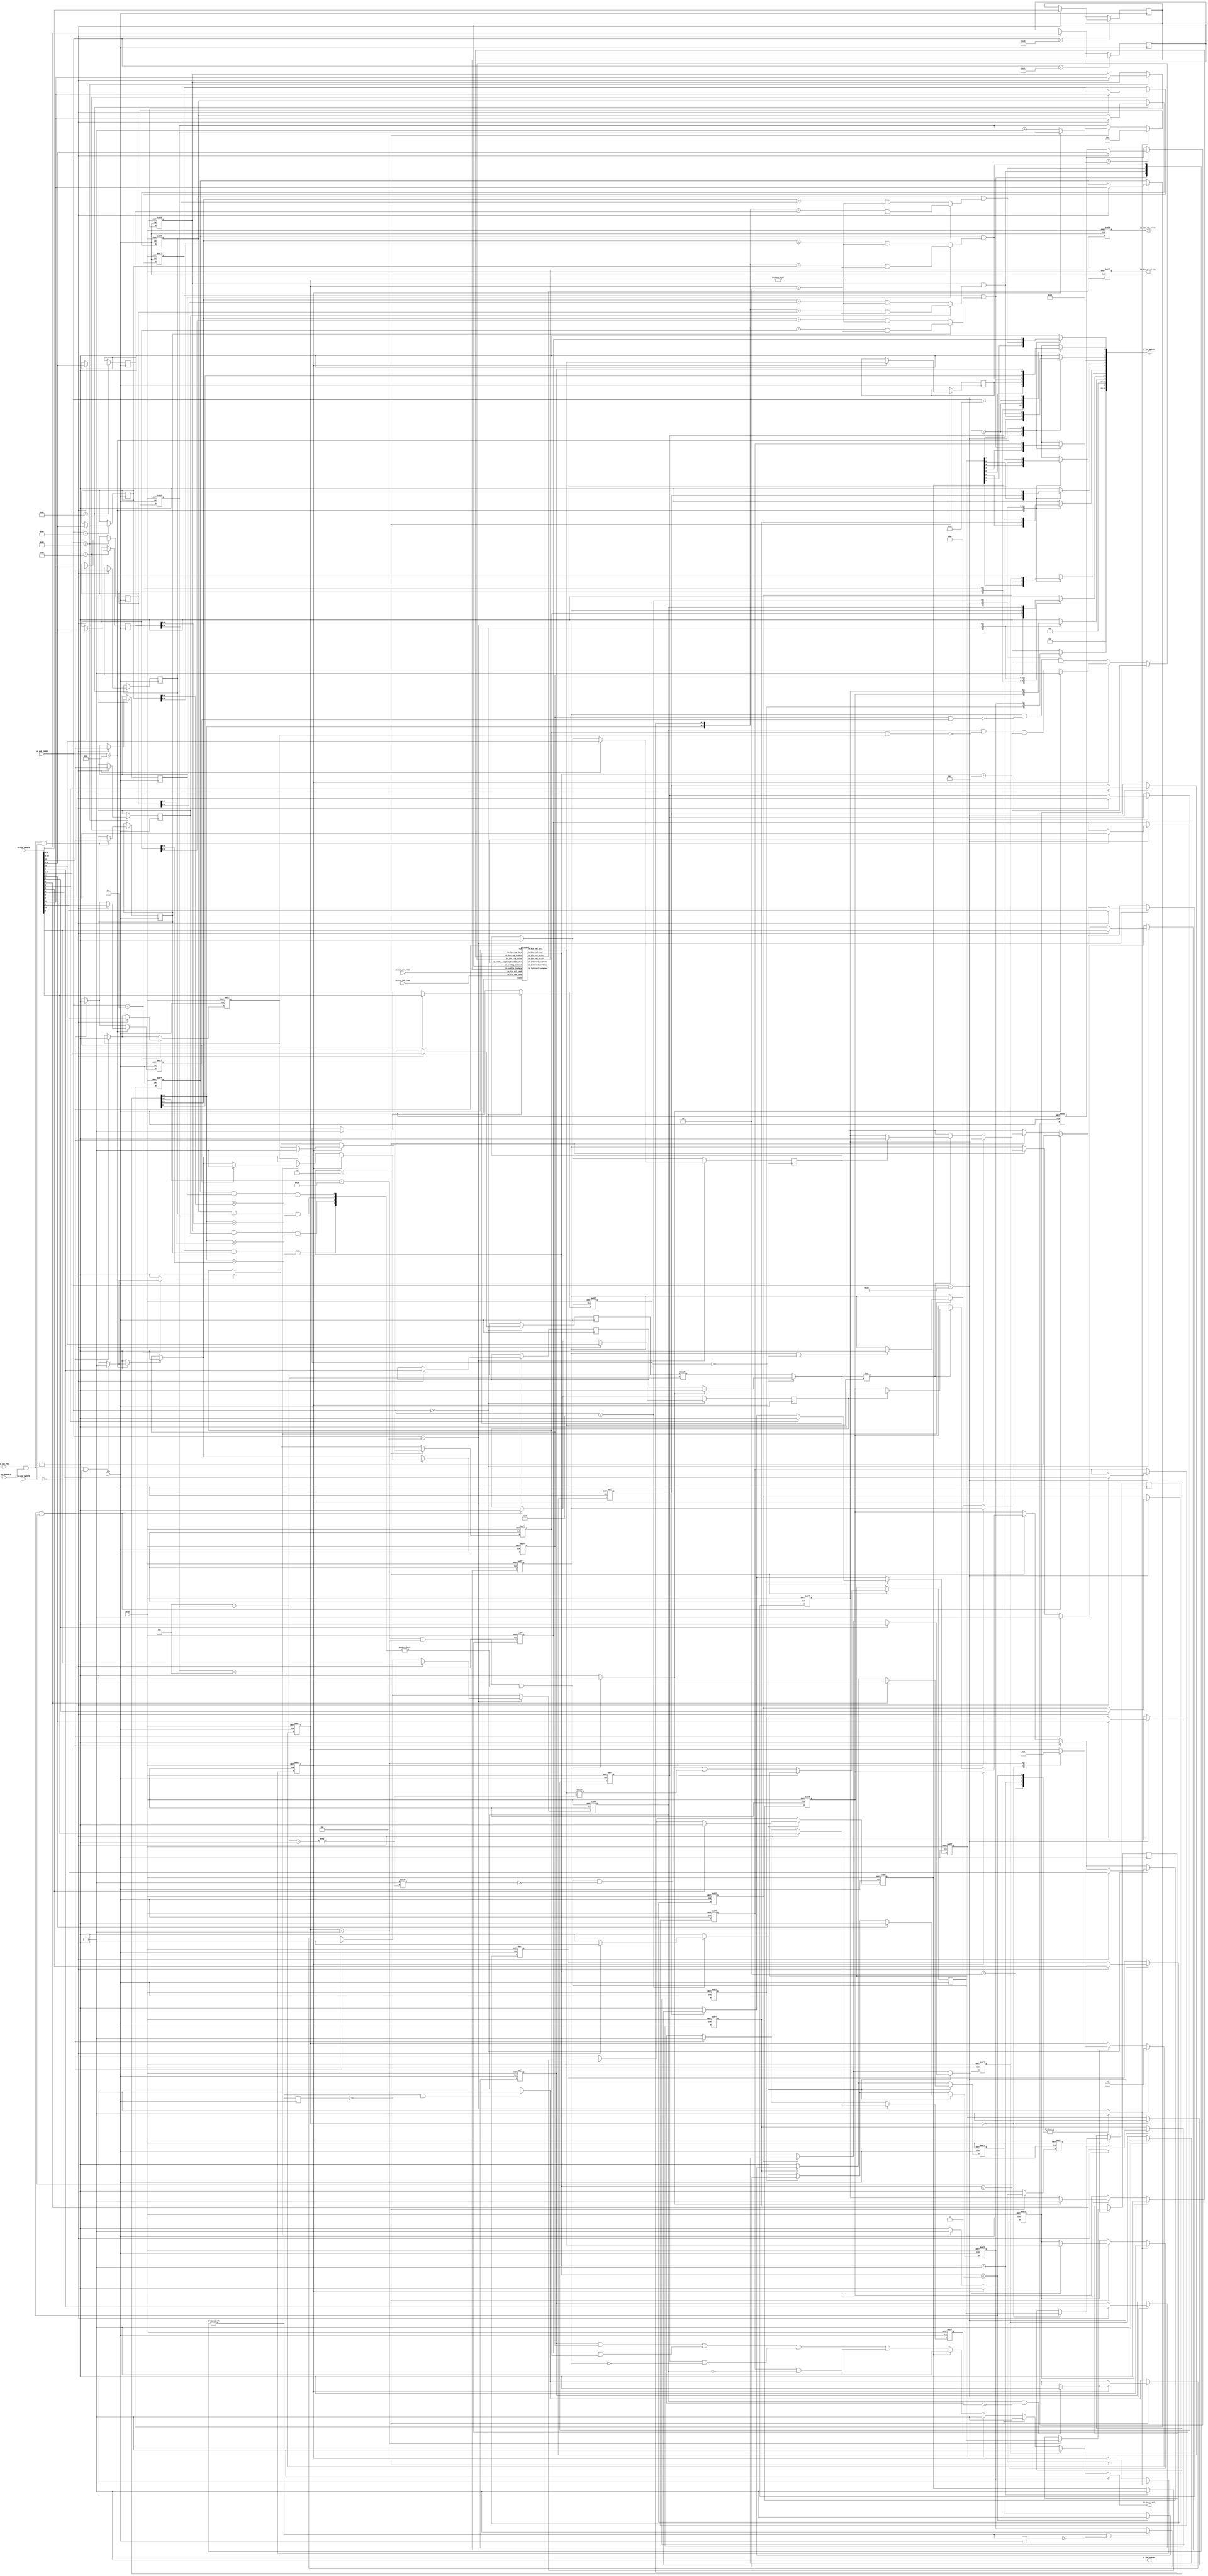
// Generator : SpinalHDL v1.4.3    git head : adf552d8f500e7419fff395b7049228e4bc5de26
// Component : Apb3I2cSlave
// Git hash  : adf552d8f500e7419fff395b7049228e4bc5de26


`define I2cSlaveCmdMode_binary_sequential_type [2:0]
`define I2cSlaveCmdMode_binary_sequential_NONE 3'b000
`define I2cSlaveCmdMode_binary_sequential_START 3'b001
`define I2cSlaveCmdMode_binary_sequential_RESTART 3'b010
`define I2cSlaveCmdMode_binary_sequential_STOP 3'b011
`define I2cSlaveCmdMode_binary_sequential_DROP 3'b100
`define I2cSlaveCmdMode_binary_sequential_DRIVE 3'b101
`define I2cSlaveCmdMode_binary_sequential_READ 3'b110


module Apb3I2cSlave (
  input      [7:0]    io_apb_PADDR,
  input      [0:0]    io_apb_PSEL,
  input               io_apb_PENABLE,
  output              io_apb_PREADY,
  input               io_apb_PWRITE,
  input      [31:0]   io_apb_PWDATA,
  output reg [31:0]   io_apb_PRDATA,
  output              io_i2c_sda_write,
  input               io_i2c_sda_read,
  output              io_i2c_scl_write,
  input               io_i2c_scl_read,
  output              io_interrupt,
  input               clk,
  input               reset
);
  reg                 _zz_13;
  reg                 _zz_14;
  reg                 _zz_15;
  wire                i2cCtrl_io_i2c_scl_write;
  wire                i2cCtrl_io_i2c_sda_write;
  wire       `I2cSlaveCmdMode_binary_sequential_type i2cCtrl_io_bus_cmd_kind;
  wire                i2cCtrl_io_bus_cmd_data;
  wire                i2cCtrl_io_internals_inFrame;
  wire                i2cCtrl_io_internals_sdaRead;
  wire                i2cCtrl_io_internals_sclRead;
  wire                _zz_16;
  wire                _zz_17;
  wire                _zz_18;
  wire                _zz_19;
  wire       [6:0]    _zz_20;
  wire       [6:0]    _zz_21;
  wire       [6:0]    _zz_22;
  wire       [6:0]    _zz_23;
  wire       [2:0]    _zz_24;
  wire       [2:0]    _zz_25;
  wire       [0:0]    _zz_26;
  wire       [0:0]    _zz_27;
  wire       [0:0]    _zz_28;
  wire       [0:0]    _zz_29;
  wire       [0:0]    _zz_30;
  wire       [0:0]    _zz_31;
  wire       [0:0]    _zz_32;
  wire       [0:0]    _zz_33;
  wire       [0:0]    _zz_34;
  wire       [0:0]    _zz_35;
  wire       [0:0]    _zz_36;
  wire       [0:0]    _zz_37;
  wire       [0:0]    _zz_38;
  wire       [0:0]    _zz_39;
  wire       [0:0]    _zz_40;
  wire       [0:0]    _zz_41;
  wire       [0:0]    _zz_42;
  wire       [0:0]    _zz_43;
  wire       [0:0]    _zz_44;
  wire       [0:0]    _zz_45;
  wire       [0:0]    _zz_46;
  wire       [0:0]    _zz_47;
  wire       [0:0]    _zz_48;
  wire       [0:0]    _zz_49;
  wire       [0:0]    _zz_50;
  wire       [0:0]    _zz_51;
  wire       [0:0]    _zz_52;
  wire       [0:0]    _zz_53;
  wire       [0:0]    _zz_54;
  wire       [0:0]    _zz_55;
  wire       [0:0]    _zz_56;
  wire       [0:0]    _zz_57;
  wire       [0:0]    _zz_58;
  wire       [0:0]    _zz_59;
  wire       [0:0]    _zz_60;
  wire       [0:0]    _zz_61;
  wire       [0:0]    _zz_62;
  wire       [0:0]    _zz_63;
  wire                busCtrl_askWrite;
  wire                busCtrl_askRead;
  wire                busCtrl_doWrite;
  wire                busCtrl_doRead;
  reg                 bridge_frameReset;
  wire                bridge_i2cBuffer_sda_write;
  wire                bridge_i2cBuffer_sda_read;
  wire                bridge_i2cBuffer_scl_write;
  wire                bridge_i2cBuffer_scl_read;
  reg                 bridge_rxData_event;
  reg                 bridge_rxData_listen;
  reg                 bridge_rxData_valid;
  reg        [7:0]    bridge_rxData_value;
  reg                 _zz_1;
  reg                 bridge_rxAck_listen;
  reg                 bridge_rxAck_valid;
  reg                 bridge_rxAck_value;
  reg                 _zz_2;
  reg                 bridge_txData_valid;
  reg                 bridge_txData_repeat;
  reg                 bridge_txData_enable;
  reg        [7:0]    bridge_txData_value;
  reg                 bridge_txData_forceDisable;
  reg                 bridge_txData_disableOnDataConflict;
  reg                 bridge_txAck_valid;
  reg                 bridge_txAck_repeat;
  reg                 bridge_txAck_enable;
  reg                 bridge_txAck_value;
  reg                 bridge_txAck_forceAck;
  reg                 bridge_txAck_disableOnDataConflict;
  reg                 bridge_addressFilter_addresses_0_enable;
  reg        [9:0]    bridge_addressFilter_addresses_0_value;
  reg                 bridge_addressFilter_addresses_0_is10Bit;
  reg                 bridge_addressFilter_addresses_1_enable;
  reg        [9:0]    bridge_addressFilter_addresses_1_value;
  reg                 bridge_addressFilter_addresses_1_is10Bit;
  reg                 bridge_addressFilter_addresses_2_enable;
  reg        [9:0]    bridge_addressFilter_addresses_2_value;
  reg                 bridge_addressFilter_addresses_2_is10Bit;
  reg                 bridge_addressFilter_addresses_3_enable;
  reg        [9:0]    bridge_addressFilter_addresses_3_value;
  reg                 bridge_addressFilter_addresses_3_is10Bit;
  reg        [1:0]    bridge_addressFilter_state;
  reg        [7:0]    bridge_addressFilter_byte0;
  reg        [7:0]    bridge_addressFilter_byte1;
  wire                bridge_addressFilter_byte0Is10Bit;
  wire                bridge_addressFilter_hits_0;
  wire                bridge_addressFilter_hits_1;
  wire                bridge_addressFilter_hits_2;
  wire                bridge_addressFilter_hits_3;
  wire                _zz_3;
  reg                 _zz_3_regNext;
  reg        [2:0]    bridge_dataCounter;
  reg                 bridge_inAckState;
  reg                 bridge_wasntAck;
  wire                bridge_isMasterMode;
  reg                 bridge_interruptCtrl_rxDataEnable;
  reg                 bridge_interruptCtrl_rxAckEnable;
  reg                 bridge_interruptCtrl_txDataEnable;
  reg                 bridge_interruptCtrl_txAckEnable;
  reg                 bridge_interruptCtrl_interrupt;
  reg                 bridge_interruptCtrl_start_enable;
  reg                 bridge_interruptCtrl_start_flag;
  reg                 _zz_4;
  reg                 bridge_interruptCtrl_restart_enable;
  reg                 bridge_interruptCtrl_restart_flag;
  reg                 _zz_5;
  reg                 bridge_interruptCtrl_end_enable;
  reg                 bridge_interruptCtrl_end_flag;
  reg                 _zz_6;
  reg                 bridge_interruptCtrl_drop_enable;
  reg                 bridge_interruptCtrl_drop_flag;
  reg                 _zz_7;
  wire                _zz_8;
  reg                 _zz_8_regNext;
  reg                 bridge_interruptCtrl_filterGen_enable;
  reg                 bridge_interruptCtrl_filterGen_flag;
  reg                 _zz_9;
  reg        [9:0]    _zz_10;
  reg        [19:0]   _zz_11 = 20'b00000000000000000000;
  reg        [5:0]    _zz_12 = 6'b000000;
  reg                 bridge_i2cBuffer_scl_write_regNext;
  reg                 bridge_i2cBuffer_sda_write_regNext;

  assign _zz_16 = ((i2cCtrl_io_bus_cmd_kind == `I2cSlaveCmdMode_binary_sequential_STOP) || (i2cCtrl_io_bus_cmd_kind == `I2cSlaveCmdMode_binary_sequential_DROP));
  assign _zz_17 = (! bridge_inAckState);
  assign _zz_18 = (bridge_wasntAck && (! bridge_isMasterMode));
  assign _zz_19 = (! bridge_inAckState);
  assign _zz_20 = (bridge_addressFilter_byte0 >>> 1);
  assign _zz_21 = (bridge_addressFilter_byte0 >>> 1);
  assign _zz_22 = (bridge_addressFilter_byte0 >>> 1);
  assign _zz_23 = (bridge_addressFilter_byte0 >>> 1);
  assign _zz_24 = (3'b111 - bridge_dataCounter);
  assign _zz_25 = (3'b111 - bridge_dataCounter);
  assign _zz_26 = io_apb_PWDATA[4 : 4];
  assign _zz_27 = 1'b0;
  assign _zz_28 = io_apb_PWDATA[5 : 5];
  assign _zz_29 = 1'b0;
  assign _zz_30 = io_apb_PWDATA[6 : 6];
  assign _zz_31 = 1'b0;
  assign _zz_32 = io_apb_PWDATA[7 : 7];
  assign _zz_33 = 1'b0;
  assign _zz_34 = io_apb_PWDATA[17 : 17];
  assign _zz_35 = 1'b0;
  assign _zz_36 = io_apb_PWDATA[9 : 9];
  assign _zz_37 = io_apb_PWDATA[9 : 9];
  assign _zz_38 = io_apb_PWDATA[10 : 10];
  assign _zz_39 = io_apb_PWDATA[11 : 11];
  assign _zz_40 = io_apb_PWDATA[8 : 8];
  assign _zz_41 = io_apb_PWDATA[9 : 9];
  assign _zz_42 = io_apb_PWDATA[0 : 0];
  assign _zz_43 = io_apb_PWDATA[10 : 10];
  assign _zz_44 = io_apb_PWDATA[11 : 11];
  assign _zz_45 = io_apb_PWDATA[8 : 8];
  assign _zz_46 = io_apb_PWDATA[9 : 9];
  assign _zz_47 = io_apb_PWDATA[14 : 14];
  assign _zz_48 = io_apb_PWDATA[15 : 15];
  assign _zz_49 = io_apb_PWDATA[14 : 14];
  assign _zz_50 = io_apb_PWDATA[15 : 15];
  assign _zz_51 = io_apb_PWDATA[14 : 14];
  assign _zz_52 = io_apb_PWDATA[15 : 15];
  assign _zz_53 = io_apb_PWDATA[14 : 14];
  assign _zz_54 = io_apb_PWDATA[15 : 15];
  assign _zz_55 = io_apb_PWDATA[0 : 0];
  assign _zz_56 = io_apb_PWDATA[1 : 1];
  assign _zz_57 = io_apb_PWDATA[2 : 2];
  assign _zz_58 = io_apb_PWDATA[3 : 3];
  assign _zz_59 = io_apb_PWDATA[4 : 4];
  assign _zz_60 = io_apb_PWDATA[5 : 5];
  assign _zz_61 = io_apb_PWDATA[6 : 6];
  assign _zz_62 = io_apb_PWDATA[7 : 7];
  assign _zz_63 = io_apb_PWDATA[17 : 17];
  I2cSlave i2cCtrl (
    .io_i2c_sda_write                  (i2cCtrl_io_i2c_sda_write      ), //o
    .io_i2c_sda_read                   (bridge_i2cBuffer_sda_read     ), //i
    .io_i2c_scl_write                  (i2cCtrl_io_i2c_scl_write      ), //o
    .io_i2c_scl_read                   (bridge_i2cBuffer_scl_read     ), //i
    .io_config_samplingClockDivider    (_zz_10[9:0]                   ), //i
    .io_config_timeout                 (_zz_11[19:0]                  ), //i
    .io_config_tsuData                 (_zz_12[5:0]                   ), //i
    .io_bus_cmd_kind                   (i2cCtrl_io_bus_cmd_kind[2:0]  ), //o
    .io_bus_cmd_data                   (i2cCtrl_io_bus_cmd_data       ), //o
    .io_bus_rsp_valid                  (_zz_13                        ), //i
    .io_bus_rsp_enable                 (_zz_14                        ), //i
    .io_bus_rsp_data                   (_zz_15                        ), //i
    .io_internals_inFrame              (i2cCtrl_io_internals_inFrame  ), //o
    .io_internals_sdaRead              (i2cCtrl_io_internals_sdaRead  ), //o
    .io_internals_sclRead              (i2cCtrl_io_internals_sclRead  ), //o
    .clk                               (clk                           ), //i
    .reset                             (reset                         )  //i
  );
  assign io_apb_PREADY = 1'b1;
  always @ (*) begin
    io_apb_PRDATA = 32'h0;
    case(io_apb_PADDR)
      8'h08 : begin
        io_apb_PRDATA[8 : 8] = bridge_rxData_valid;
        io_apb_PRDATA[7 : 0] = bridge_rxData_value;
      end
      8'h0c : begin
        io_apb_PRDATA[8 : 8] = bridge_rxAck_valid;
        io_apb_PRDATA[0 : 0] = bridge_rxAck_value;
      end
      8'h0 : begin
        io_apb_PRDATA[8 : 8] = bridge_txData_valid;
        io_apb_PRDATA[9 : 9] = bridge_txData_enable;
      end
      8'h04 : begin
        io_apb_PRDATA[8 : 8] = bridge_txAck_valid;
        io_apb_PRDATA[9 : 9] = bridge_txAck_enable;
      end
      8'h80 : begin
        io_apb_PRDATA[3 : 0] = {bridge_addressFilter_hits_3,{bridge_addressFilter_hits_2,{bridge_addressFilter_hits_1,bridge_addressFilter_hits_0}}};
      end
      8'h84 : begin
        io_apb_PRDATA[0 : 0] = bridge_addressFilter_byte0[0];
      end
      8'h20 : begin
        io_apb_PRDATA[0 : 0] = bridge_interruptCtrl_rxDataEnable;
        io_apb_PRDATA[1 : 1] = bridge_interruptCtrl_rxAckEnable;
        io_apb_PRDATA[2 : 2] = bridge_interruptCtrl_txDataEnable;
        io_apb_PRDATA[3 : 3] = bridge_interruptCtrl_txAckEnable;
        io_apb_PRDATA[4 : 4] = bridge_interruptCtrl_start_enable;
        io_apb_PRDATA[5 : 5] = bridge_interruptCtrl_restart_enable;
        io_apb_PRDATA[6 : 6] = bridge_interruptCtrl_end_enable;
        io_apb_PRDATA[7 : 7] = bridge_interruptCtrl_drop_enable;
        io_apb_PRDATA[17 : 17] = bridge_interruptCtrl_filterGen_enable;
      end
      8'h24 : begin
        io_apb_PRDATA[4 : 4] = bridge_interruptCtrl_start_flag;
        io_apb_PRDATA[5 : 5] = bridge_interruptCtrl_restart_flag;
        io_apb_PRDATA[6 : 6] = bridge_interruptCtrl_end_flag;
        io_apb_PRDATA[7 : 7] = bridge_interruptCtrl_drop_flag;
        io_apb_PRDATA[17 : 17] = bridge_interruptCtrl_filterGen_flag;
      end
      default : begin
      end
    endcase
  end

  assign busCtrl_askWrite = ((io_apb_PSEL[0] && io_apb_PENABLE) && io_apb_PWRITE);
  assign busCtrl_askRead = ((io_apb_PSEL[0] && io_apb_PENABLE) && (! io_apb_PWRITE));
  assign busCtrl_doWrite = (((io_apb_PSEL[0] && io_apb_PENABLE) && io_apb_PREADY) && io_apb_PWRITE);
  assign busCtrl_doRead = (((io_apb_PSEL[0] && io_apb_PENABLE) && io_apb_PREADY) && (! io_apb_PWRITE));
  always @ (*) begin
    bridge_frameReset = 1'b0;
    case(i2cCtrl_io_bus_cmd_kind)
      `I2cSlaveCmdMode_binary_sequential_START : begin
        bridge_frameReset = 1'b1;
      end
      `I2cSlaveCmdMode_binary_sequential_RESTART : begin
        bridge_frameReset = 1'b1;
      end
      `I2cSlaveCmdMode_binary_sequential_STOP : begin
        bridge_frameReset = 1'b1;
      end
      `I2cSlaveCmdMode_binary_sequential_DROP : begin
        bridge_frameReset = 1'b1;
      end
      default : begin
      end
    endcase
  end

  assign bridge_i2cBuffer_sda_write = i2cCtrl_io_i2c_sda_write;
  assign bridge_i2cBuffer_scl_write = i2cCtrl_io_i2c_scl_write;
  always @ (*) begin
    _zz_1 = 1'b0;
    case(io_apb_PADDR)
      8'h08 : begin
        if(busCtrl_doRead)begin
          _zz_1 = 1'b1;
        end
      end
      default : begin
      end
    endcase
  end

  always @ (*) begin
    _zz_2 = 1'b0;
    case(io_apb_PADDR)
      8'h0c : begin
        if(busCtrl_doRead)begin
          _zz_2 = 1'b1;
        end
      end
      default : begin
      end
    endcase
  end

  always @ (*) begin
    bridge_txData_forceDisable = 1'b0;
    if(_zz_16)begin
      bridge_txData_forceDisable = 1'b0;
    end
  end

  always @ (*) begin
    bridge_txAck_forceAck = 1'b0;
    if(((bridge_addressFilter_byte0Is10Bit && (bridge_addressFilter_state == 2'b01)) && ({((bridge_addressFilter_addresses_3_enable && bridge_addressFilter_addresses_3_is10Bit) && (bridge_addressFilter_byte0[2 : 1] == bridge_addressFilter_addresses_3_value[9 : 8])),{((bridge_addressFilter_addresses_2_enable && bridge_addressFilter_addresses_2_is10Bit) && (bridge_addressFilter_byte0[2 : 1] == bridge_addressFilter_addresses_2_value[9 : 8])),{((bridge_addressFilter_addresses_1_enable && bridge_addressFilter_addresses_1_is10Bit) && (bridge_addressFilter_byte0[2 : 1] == bridge_addressFilter_addresses_1_value[9 : 8])),((bridge_addressFilter_addresses_0_enable && bridge_addressFilter_addresses_0_is10Bit) && (bridge_addressFilter_byte0[2 : 1] == bridge_addressFilter_addresses_0_value[9 : 8]))}}} != 4'b0000)))begin
      bridge_txAck_forceAck = 1'b1;
    end
  end

  assign bridge_addressFilter_byte0Is10Bit = (bridge_addressFilter_byte0[7 : 3] == 5'h1e);
  assign bridge_addressFilter_hits_0 = (bridge_addressFilter_addresses_0_enable && ((! bridge_addressFilter_addresses_0_is10Bit) ? ((_zz_20 == bridge_addressFilter_addresses_0_value[6 : 0]) && (bridge_addressFilter_state != 2'b00)) : (({bridge_addressFilter_byte0[2 : 1],bridge_addressFilter_byte1} == bridge_addressFilter_addresses_0_value) && (bridge_addressFilter_state == 2'b10))));
  assign bridge_addressFilter_hits_1 = (bridge_addressFilter_addresses_1_enable && ((! bridge_addressFilter_addresses_1_is10Bit) ? ((_zz_21 == bridge_addressFilter_addresses_1_value[6 : 0]) && (bridge_addressFilter_state != 2'b00)) : (({bridge_addressFilter_byte0[2 : 1],bridge_addressFilter_byte1} == bridge_addressFilter_addresses_1_value) && (bridge_addressFilter_state == 2'b10))));
  assign bridge_addressFilter_hits_2 = (bridge_addressFilter_addresses_2_enable && ((! bridge_addressFilter_addresses_2_is10Bit) ? ((_zz_22 == bridge_addressFilter_addresses_2_value[6 : 0]) && (bridge_addressFilter_state != 2'b00)) : (({bridge_addressFilter_byte0[2 : 1],bridge_addressFilter_byte1} == bridge_addressFilter_addresses_2_value) && (bridge_addressFilter_state == 2'b10))));
  assign bridge_addressFilter_hits_3 = (bridge_addressFilter_addresses_3_enable && ((! bridge_addressFilter_addresses_3_is10Bit) ? ((_zz_23 == bridge_addressFilter_addresses_3_value[6 : 0]) && (bridge_addressFilter_state != 2'b00)) : (({bridge_addressFilter_byte0[2 : 1],bridge_addressFilter_byte1} == bridge_addressFilter_addresses_3_value) && (bridge_addressFilter_state == 2'b10))));
  assign _zz_3 = ({bridge_addressFilter_hits_3,{bridge_addressFilter_hits_2,{bridge_addressFilter_hits_1,bridge_addressFilter_hits_0}}} != 4'b0000);
  always @ (*) begin
    if(_zz_17)begin
      _zz_13 = ((bridge_txData_valid && (! (bridge_rxData_valid && bridge_rxData_listen))) && (i2cCtrl_io_bus_cmd_kind == `I2cSlaveCmdMode_binary_sequential_DRIVE));
      if(bridge_txData_forceDisable)begin
        _zz_13 = 1'b1;
      end
    end else begin
      _zz_13 = ((bridge_txAck_valid && (! (bridge_rxAck_valid && bridge_rxAck_listen))) && (i2cCtrl_io_bus_cmd_kind == `I2cSlaveCmdMode_binary_sequential_DRIVE));
      if(bridge_txAck_forceAck)begin
        _zz_13 = 1'b1;
      end
    end
    if(_zz_18)begin
      _zz_13 = (i2cCtrl_io_bus_cmd_kind == `I2cSlaveCmdMode_binary_sequential_DRIVE);
    end
  end

  always @ (*) begin
    if(_zz_17)begin
      _zz_14 = bridge_txData_enable;
      if(bridge_txData_forceDisable)begin
        _zz_14 = 1'b0;
      end
    end else begin
      _zz_14 = bridge_txAck_enable;
      if(bridge_txAck_forceAck)begin
        _zz_14 = 1'b1;
      end
    end
    if(_zz_18)begin
      _zz_14 = 1'b0;
    end
  end

  always @ (*) begin
    if(_zz_17)begin
      _zz_15 = bridge_txData_value[_zz_24];
    end else begin
      _zz_15 = bridge_txAck_value;
      if(bridge_txAck_forceAck)begin
        _zz_15 = 1'b0;
      end
    end
  end

  assign bridge_isMasterMode = 1'b0;
  always @ (*) begin
    bridge_interruptCtrl_interrupt = ((((bridge_interruptCtrl_rxDataEnable && bridge_rxData_valid) || (bridge_interruptCtrl_rxAckEnable && bridge_rxAck_valid)) || (bridge_interruptCtrl_txDataEnable && (! bridge_txData_valid))) || (bridge_interruptCtrl_txAckEnable && (! bridge_txAck_valid)));
    if(bridge_interruptCtrl_start_flag)begin
      bridge_interruptCtrl_interrupt = 1'b1;
    end
    if(bridge_interruptCtrl_restart_flag)begin
      bridge_interruptCtrl_interrupt = 1'b1;
    end
    if(bridge_interruptCtrl_end_flag)begin
      bridge_interruptCtrl_interrupt = 1'b1;
    end
    if(bridge_interruptCtrl_drop_flag)begin
      bridge_interruptCtrl_interrupt = 1'b1;
    end
    if(bridge_interruptCtrl_filterGen_flag)begin
      bridge_interruptCtrl_interrupt = 1'b1;
    end
  end

  always @ (*) begin
    _zz_4 = 1'b0;
    case(io_apb_PADDR)
      8'h24 : begin
        if(busCtrl_doWrite)begin
          _zz_4 = 1'b1;
        end
      end
      default : begin
      end
    endcase
  end

  always @ (*) begin
    _zz_5 = 1'b0;
    case(io_apb_PADDR)
      8'h24 : begin
        if(busCtrl_doWrite)begin
          _zz_5 = 1'b1;
        end
      end
      default : begin
      end
    endcase
  end

  always @ (*) begin
    _zz_6 = 1'b0;
    case(io_apb_PADDR)
      8'h24 : begin
        if(busCtrl_doWrite)begin
          _zz_6 = 1'b1;
        end
      end
      default : begin
      end
    endcase
  end

  always @ (*) begin
    _zz_7 = 1'b0;
    case(io_apb_PADDR)
      8'h24 : begin
        if(busCtrl_doWrite)begin
          _zz_7 = 1'b1;
        end
      end
      default : begin
      end
    endcase
  end

  assign _zz_8 = ({bridge_addressFilter_hits_3,{bridge_addressFilter_hits_2,{bridge_addressFilter_hits_1,bridge_addressFilter_hits_0}}} != 4'b0000);
  always @ (*) begin
    _zz_9 = 1'b0;
    case(io_apb_PADDR)
      8'h24 : begin
        if(busCtrl_doWrite)begin
          _zz_9 = 1'b1;
        end
      end
      default : begin
      end
    endcase
  end

  assign io_i2c_scl_write = bridge_i2cBuffer_scl_write_regNext;
  assign io_i2c_sda_write = bridge_i2cBuffer_sda_write_regNext;
  assign bridge_i2cBuffer_scl_read = io_i2c_scl_read;
  assign bridge_i2cBuffer_sda_read = io_i2c_sda_read;
  assign io_interrupt = bridge_interruptCtrl_interrupt;
  always @ (posedge clk or posedge reset) begin
    if (reset) begin
      bridge_rxData_event <= 1'b0;
      bridge_rxData_listen <= 1'b0;
      bridge_rxData_valid <= 1'b0;
      bridge_rxAck_listen <= 1'b0;
      bridge_rxAck_valid <= 1'b0;
      bridge_txData_valid <= 1'b1;
      bridge_txData_repeat <= 1'b1;
      bridge_txData_enable <= 1'b0;
      bridge_txAck_valid <= 1'b1;
      bridge_txAck_repeat <= 1'b1;
      bridge_txAck_enable <= 1'b0;
      bridge_addressFilter_addresses_0_enable <= 1'b0;
      bridge_addressFilter_addresses_1_enable <= 1'b0;
      bridge_addressFilter_addresses_2_enable <= 1'b0;
      bridge_addressFilter_addresses_3_enable <= 1'b0;
      bridge_addressFilter_state <= 2'b00;
      bridge_dataCounter <= 3'b000;
      bridge_inAckState <= 1'b0;
      bridge_wasntAck <= 1'b0;
      bridge_interruptCtrl_rxDataEnable <= 1'b0;
      bridge_interruptCtrl_rxAckEnable <= 1'b0;
      bridge_interruptCtrl_txDataEnable <= 1'b0;
      bridge_interruptCtrl_txAckEnable <= 1'b0;
      bridge_interruptCtrl_start_enable <= 1'b0;
      bridge_interruptCtrl_start_flag <= 1'b0;
      bridge_interruptCtrl_restart_enable <= 1'b0;
      bridge_interruptCtrl_restart_flag <= 1'b0;
      bridge_interruptCtrl_end_enable <= 1'b0;
      bridge_interruptCtrl_end_flag <= 1'b0;
      bridge_interruptCtrl_drop_enable <= 1'b0;
      bridge_interruptCtrl_drop_flag <= 1'b0;
      bridge_interruptCtrl_filterGen_enable <= 1'b0;
      bridge_interruptCtrl_filterGen_flag <= 1'b0;
      _zz_10 <= 10'h0;
      bridge_i2cBuffer_scl_write_regNext <= 1'b1;
      bridge_i2cBuffer_sda_write_regNext <= 1'b1;
    end else begin
      bridge_rxData_event <= 1'b0;
      if(_zz_1)begin
        bridge_rxData_valid <= 1'b0;
      end
      if(_zz_2)begin
        bridge_rxAck_valid <= 1'b0;
      end
      if(bridge_rxData_event)begin
        case(bridge_addressFilter_state)
          2'b00 : begin
            bridge_addressFilter_state <= 2'b01;
          end
          2'b01 : begin
            bridge_addressFilter_state <= 2'b10;
          end
          default : begin
          end
        endcase
      end
      if(bridge_frameReset)begin
        bridge_addressFilter_state <= 2'b00;
      end
      if((_zz_3 && (! _zz_3_regNext)))begin
        bridge_txAck_valid <= 1'b0;
      end
      case(i2cCtrl_io_bus_cmd_kind)
        `I2cSlaveCmdMode_binary_sequential_READ : begin
          if(_zz_19)begin
            bridge_dataCounter <= (bridge_dataCounter + 3'b001);
            if((_zz_15 != i2cCtrl_io_bus_cmd_data))begin
              if(bridge_txData_disableOnDataConflict)begin
                bridge_txData_enable <= 1'b0;
              end
              if(bridge_txAck_disableOnDataConflict)begin
                bridge_txAck_enable <= 1'b0;
              end
            end
            if((bridge_dataCounter == 3'b111))begin
              if(bridge_rxData_listen)begin
                bridge_rxData_valid <= 1'b1;
              end
              bridge_rxData_event <= 1'b1;
              bridge_inAckState <= 1'b1;
              if((bridge_txData_valid && (! bridge_txData_repeat)))begin
                bridge_txData_valid <= 1'b0;
              end
            end
          end else begin
            if(bridge_rxAck_listen)begin
              bridge_rxAck_valid <= 1'b1;
            end
            bridge_inAckState <= 1'b0;
            bridge_wasntAck <= i2cCtrl_io_bus_cmd_data;
            if((bridge_txAck_valid && (! bridge_txAck_repeat)))begin
              bridge_txAck_valid <= 1'b0;
            end
          end
        end
        default : begin
        end
      endcase
      if(bridge_frameReset)begin
        bridge_inAckState <= 1'b0;
        bridge_dataCounter <= 3'b000;
        bridge_wasntAck <= 1'b0;
      end
      if(_zz_16)begin
        bridge_txData_valid <= 1'b1;
        bridge_txData_enable <= 1'b0;
        bridge_txData_repeat <= 1'b1;
        bridge_txAck_valid <= 1'b1;
        bridge_txAck_enable <= 1'b0;
        bridge_txAck_repeat <= 1'b1;
        bridge_rxData_listen <= 1'b0;
        bridge_rxAck_listen <= 1'b0;
      end
      if((i2cCtrl_io_bus_cmd_kind == `I2cSlaveCmdMode_binary_sequential_START))begin
        bridge_interruptCtrl_start_flag <= 1'b1;
      end
      if((! bridge_interruptCtrl_start_enable))begin
        bridge_interruptCtrl_start_flag <= 1'b0;
      end
      if(_zz_4)begin
        if(_zz_26[0])begin
          bridge_interruptCtrl_start_flag <= _zz_27[0];
        end
      end
      if((i2cCtrl_io_bus_cmd_kind == `I2cSlaveCmdMode_binary_sequential_RESTART))begin
        bridge_interruptCtrl_restart_flag <= 1'b1;
      end
      if((! bridge_interruptCtrl_restart_enable))begin
        bridge_interruptCtrl_restart_flag <= 1'b0;
      end
      if(_zz_5)begin
        if(_zz_28[0])begin
          bridge_interruptCtrl_restart_flag <= _zz_29[0];
        end
      end
      if((i2cCtrl_io_bus_cmd_kind == `I2cSlaveCmdMode_binary_sequential_STOP))begin
        bridge_interruptCtrl_end_flag <= 1'b1;
      end
      if((! bridge_interruptCtrl_end_enable))begin
        bridge_interruptCtrl_end_flag <= 1'b0;
      end
      if(_zz_6)begin
        if(_zz_30[0])begin
          bridge_interruptCtrl_end_flag <= _zz_31[0];
        end
      end
      if((i2cCtrl_io_bus_cmd_kind == `I2cSlaveCmdMode_binary_sequential_DROP))begin
        bridge_interruptCtrl_drop_flag <= 1'b1;
      end
      if((! bridge_interruptCtrl_drop_enable))begin
        bridge_interruptCtrl_drop_flag <= 1'b0;
      end
      if(_zz_7)begin
        if(_zz_32[0])begin
          bridge_interruptCtrl_drop_flag <= _zz_33[0];
        end
      end
      if((_zz_8 && (! _zz_8_regNext)))begin
        bridge_interruptCtrl_filterGen_flag <= 1'b1;
      end
      if((! bridge_interruptCtrl_filterGen_enable))begin
        bridge_interruptCtrl_filterGen_flag <= 1'b0;
      end
      if(_zz_9)begin
        if(_zz_34[0])begin
          bridge_interruptCtrl_filterGen_flag <= _zz_35[0];
        end
      end
      bridge_i2cBuffer_scl_write_regNext <= bridge_i2cBuffer_scl_write;
      bridge_i2cBuffer_sda_write_regNext <= bridge_i2cBuffer_sda_write;
      case(io_apb_PADDR)
        8'h08 : begin
          if(busCtrl_doWrite)begin
            bridge_rxData_listen <= _zz_36[0];
          end
        end
        8'h0c : begin
          if(busCtrl_doWrite)begin
            bridge_rxAck_listen <= _zz_37[0];
          end
        end
        8'h0 : begin
          if(busCtrl_doWrite)begin
            bridge_txData_repeat <= _zz_38[0];
            bridge_txData_valid <= _zz_40[0];
            bridge_txData_enable <= _zz_41[0];
          end
        end
        8'h04 : begin
          if(busCtrl_doWrite)begin
            bridge_txAck_repeat <= _zz_43[0];
            bridge_txAck_valid <= _zz_45[0];
            bridge_txAck_enable <= _zz_46[0];
          end
        end
        8'h88 : begin
          if(busCtrl_doWrite)begin
            bridge_addressFilter_addresses_0_enable <= _zz_48[0];
          end
        end
        8'h8c : begin
          if(busCtrl_doWrite)begin
            bridge_addressFilter_addresses_1_enable <= _zz_50[0];
          end
        end
        8'h90 : begin
          if(busCtrl_doWrite)begin
            bridge_addressFilter_addresses_2_enable <= _zz_52[0];
          end
        end
        8'h94 : begin
          if(busCtrl_doWrite)begin
            bridge_addressFilter_addresses_3_enable <= _zz_54[0];
          end
        end
        8'h20 : begin
          if(busCtrl_doWrite)begin
            bridge_interruptCtrl_rxDataEnable <= _zz_55[0];
            bridge_interruptCtrl_rxAckEnable <= _zz_56[0];
            bridge_interruptCtrl_txDataEnable <= _zz_57[0];
            bridge_interruptCtrl_txAckEnable <= _zz_58[0];
            bridge_interruptCtrl_start_enable <= _zz_59[0];
            bridge_interruptCtrl_restart_enable <= _zz_60[0];
            bridge_interruptCtrl_end_enable <= _zz_61[0];
            bridge_interruptCtrl_drop_enable <= _zz_62[0];
            bridge_interruptCtrl_filterGen_enable <= _zz_63[0];
          end
        end
        8'h28 : begin
          if(busCtrl_doWrite)begin
            _zz_10 <= io_apb_PWDATA[9 : 0];
          end
        end
        default : begin
        end
      endcase
    end
  end

  always @ (posedge clk) begin
    if(bridge_rxData_event)begin
      case(bridge_addressFilter_state)
        2'b00 : begin
          bridge_addressFilter_byte0 <= bridge_rxData_value;
        end
        2'b01 : begin
          bridge_addressFilter_byte1 <= bridge_rxData_value;
        end
        default : begin
        end
      endcase
    end
    _zz_3_regNext <= _zz_3;
    case(i2cCtrl_io_bus_cmd_kind)
      `I2cSlaveCmdMode_binary_sequential_READ : begin
        if(_zz_19)begin
          bridge_rxData_value[_zz_25] <= i2cCtrl_io_bus_cmd_data;
        end else begin
          bridge_rxAck_value <= i2cCtrl_io_bus_cmd_data;
        end
      end
      default : begin
      end
    endcase
    if(_zz_16)begin
      bridge_txData_disableOnDataConflict <= 1'b0;
      bridge_txAck_disableOnDataConflict <= 1'b0;
    end
    _zz_8_regNext <= _zz_8;
    case(io_apb_PADDR)
      8'h0 : begin
        if(busCtrl_doWrite)begin
          bridge_txData_value <= io_apb_PWDATA[7 : 0];
          bridge_txData_disableOnDataConflict <= _zz_39[0];
        end
      end
      8'h04 : begin
        if(busCtrl_doWrite)begin
          bridge_txAck_value <= _zz_42[0];
          bridge_txAck_disableOnDataConflict <= _zz_44[0];
        end
      end
      8'h88 : begin
        if(busCtrl_doWrite)begin
          bridge_addressFilter_addresses_0_value <= io_apb_PWDATA[9 : 0];
          bridge_addressFilter_addresses_0_is10Bit <= _zz_47[0];
        end
      end
      8'h8c : begin
        if(busCtrl_doWrite)begin
          bridge_addressFilter_addresses_1_value <= io_apb_PWDATA[9 : 0];
          bridge_addressFilter_addresses_1_is10Bit <= _zz_49[0];
        end
      end
      8'h90 : begin
        if(busCtrl_doWrite)begin
          bridge_addressFilter_addresses_2_value <= io_apb_PWDATA[9 : 0];
          bridge_addressFilter_addresses_2_is10Bit <= _zz_51[0];
        end
      end
      8'h94 : begin
        if(busCtrl_doWrite)begin
          bridge_addressFilter_addresses_3_value <= io_apb_PWDATA[9 : 0];
          bridge_addressFilter_addresses_3_is10Bit <= _zz_53[0];
        end
      end
      8'h2c : begin
        if(busCtrl_doWrite)begin
          _zz_11 <= io_apb_PWDATA[19 : 0];
        end
      end
      8'h30 : begin
        if(busCtrl_doWrite)begin
          _zz_12 <= io_apb_PWDATA[5 : 0];
        end
      end
      default : begin
      end
    endcase
  end


endmodule

module I2cSlave (
  output              io_i2c_sda_write,
  input               io_i2c_sda_read,
  output              io_i2c_scl_write,
  input               io_i2c_scl_read,
  input      [9:0]    io_config_samplingClockDivider,
  input      [19:0]   io_config_timeout,
  input      [5:0]    io_config_tsuData,
  output reg `I2cSlaveCmdMode_binary_sequential_type io_bus_cmd_kind,
  output              io_bus_cmd_data,
  input               io_bus_rsp_valid,
  input               io_bus_rsp_enable,
  input               io_bus_rsp_data,
  output              io_internals_inFrame,
  output              io_internals_sdaRead,
  output              io_internals_sclRead,
  input               clk,
  input               reset
);
  wire                io_i2c_scl_read_buffercc_io_dataOut;
  wire                io_i2c_sda_read_buffercc_io_dataOut;
  wire                _zz_7;
  wire                _zz_8;
  reg        [9:0]    filter_timer_counter;
  wire                filter_timer_tick;
  wire                filter_sampler_sclSync;
  wire                filter_sampler_sdaSync;
  wire                filter_sampler_sclSamples_0;
  wire                filter_sampler_sclSamples_1;
  wire                filter_sampler_sclSamples_2;
  wire                _zz_1;
  reg                 _zz_2;
  reg                 _zz_3;
  wire                filter_sampler_sdaSamples_0;
  wire                filter_sampler_sdaSamples_1;
  wire                filter_sampler_sdaSamples_2;
  wire                _zz_4;
  reg                 _zz_5;
  reg                 _zz_6;
  reg                 filter_sda;
  reg                 filter_scl;
  wire                sclEdge_rise;
  wire                sclEdge_fall;
  wire                sclEdge_toggle;
  reg                 filter_scl_regNext;
  wire                sdaEdge_rise;
  wire                sdaEdge_fall;
  wire                sdaEdge_toggle;
  reg                 filter_sda_regNext;
  wire                detector_start;
  wire                detector_stop;
  reg        [5:0]    tsuData_counter;
  wire                tsuData_done;
  reg                 tsuData_reset;
  reg                 ctrl_inFrame;
  reg                 ctrl_inFrameData;
  reg                 ctrl_sdaWrite;
  reg                 ctrl_sclWrite;
  wire                ctrl_rspBufferIn_valid;
  wire                ctrl_rspBufferIn_ready;
  wire                ctrl_rspBufferIn_payload_enable;
  wire                ctrl_rspBufferIn_payload_data;
  wire                ctrl_rspBuffer_valid;
  reg                 ctrl_rspBuffer_ready;
  wire                ctrl_rspBuffer_payload_enable;
  wire                ctrl_rspBuffer_payload_data;
  reg                 ctrl_rspBufferIn_m2sPipe_rValid;
  reg                 ctrl_rspBufferIn_m2sPipe_rData_enable;
  reg                 ctrl_rspBufferIn_m2sPipe_rData_data;
  wire                ctrl_rspAhead_valid;
  wire                ctrl_rspAhead_payload_enable;
  wire                ctrl_rspAhead_payload_data;
  reg        [19:0]   timeout_counter;
  reg                 timeout_tick;
  `ifndef SYNTHESIS
  reg [55:0] io_bus_cmd_kind_string;
  `endif


  assign _zz_7 = (detector_stop || timeout_tick);
  assign _zz_8 = (sclEdge_toggle || (! ctrl_inFrame));
  BufferCC io_i2c_scl_read_buffercc (
    .io_dataIn     (io_i2c_scl_read                      ), //i
    .io_dataOut    (io_i2c_scl_read_buffercc_io_dataOut  ), //o
    .clk           (clk                                  ), //i
    .reset         (reset                                )  //i
  );
  BufferCC io_i2c_sda_read_buffercc (
    .io_dataIn     (io_i2c_sda_read                      ), //i
    .io_dataOut    (io_i2c_sda_read_buffercc_io_dataOut  ), //o
    .clk           (clk                                  ), //i
    .reset         (reset                                )  //i
  );
  `ifndef SYNTHESIS
  always @(*) begin
    case(io_bus_cmd_kind)
      `I2cSlaveCmdMode_binary_sequential_NONE : io_bus_cmd_kind_string = "NONE   ";
      `I2cSlaveCmdMode_binary_sequential_START : io_bus_cmd_kind_string = "START  ";
      `I2cSlaveCmdMode_binary_sequential_RESTART : io_bus_cmd_kind_string = "RESTART";
      `I2cSlaveCmdMode_binary_sequential_STOP : io_bus_cmd_kind_string = "STOP   ";
      `I2cSlaveCmdMode_binary_sequential_DROP : io_bus_cmd_kind_string = "DROP   ";
      `I2cSlaveCmdMode_binary_sequential_DRIVE : io_bus_cmd_kind_string = "DRIVE  ";
      `I2cSlaveCmdMode_binary_sequential_READ : io_bus_cmd_kind_string = "READ   ";
      default : io_bus_cmd_kind_string = "???????";
    endcase
  end
  `endif

  assign filter_timer_tick = (filter_timer_counter == 10'h0);
  assign filter_sampler_sclSync = io_i2c_scl_read_buffercc_io_dataOut;
  assign filter_sampler_sdaSync = io_i2c_sda_read_buffercc_io_dataOut;
  assign _zz_1 = filter_sampler_sclSync;
  assign filter_sampler_sclSamples_0 = _zz_1;
  assign filter_sampler_sclSamples_1 = _zz_2;
  assign filter_sampler_sclSamples_2 = _zz_3;
  assign _zz_4 = filter_sampler_sdaSync;
  assign filter_sampler_sdaSamples_0 = _zz_4;
  assign filter_sampler_sdaSamples_1 = _zz_5;
  assign filter_sampler_sdaSamples_2 = _zz_6;
  assign sclEdge_rise = ((! filter_scl_regNext) && filter_scl);
  assign sclEdge_fall = (filter_scl_regNext && (! filter_scl));
  assign sclEdge_toggle = (filter_scl_regNext != filter_scl);
  assign sdaEdge_rise = ((! filter_sda_regNext) && filter_sda);
  assign sdaEdge_fall = (filter_sda_regNext && (! filter_sda));
  assign sdaEdge_toggle = (filter_sda_regNext != filter_sda);
  assign detector_start = (filter_scl && sdaEdge_fall);
  assign detector_stop = (filter_scl && sdaEdge_rise);
  assign tsuData_done = (tsuData_counter == 6'h0);
  always @ (*) begin
    tsuData_reset = 1'b0;
    if(ctrl_inFrameData)begin
      tsuData_reset = (! ctrl_rspAhead_valid);
    end
  end

  always @ (*) begin
    ctrl_sdaWrite = 1'b1;
    if(ctrl_inFrameData)begin
      if((ctrl_rspAhead_valid && ctrl_rspAhead_payload_enable))begin
        ctrl_sdaWrite = ctrl_rspAhead_payload_data;
      end
    end
  end

  always @ (*) begin
    ctrl_sclWrite = 1'b1;
    if(ctrl_inFrameData)begin
      if(((! ctrl_rspAhead_valid) || (ctrl_rspAhead_payload_enable && (! tsuData_done))))begin
        ctrl_sclWrite = 1'b0;
      end
    end
  end

  assign ctrl_rspBufferIn_ready = ((1'b1 && (! ctrl_rspBuffer_valid)) || ctrl_rspBuffer_ready);
  assign ctrl_rspBuffer_valid = ctrl_rspBufferIn_m2sPipe_rValid;
  assign ctrl_rspBuffer_payload_enable = ctrl_rspBufferIn_m2sPipe_rData_enable;
  assign ctrl_rspBuffer_payload_data = ctrl_rspBufferIn_m2sPipe_rData_data;
  assign ctrl_rspAhead_valid = (ctrl_rspBuffer_valid ? ctrl_rspBuffer_valid : ctrl_rspBufferIn_valid);
  assign ctrl_rspAhead_payload_enable = (ctrl_rspBuffer_valid ? ctrl_rspBuffer_payload_enable : ctrl_rspBufferIn_payload_enable);
  assign ctrl_rspAhead_payload_data = (ctrl_rspBuffer_valid ? ctrl_rspBuffer_payload_data : ctrl_rspBufferIn_payload_data);
  assign ctrl_rspBufferIn_valid = io_bus_rsp_valid;
  assign ctrl_rspBufferIn_payload_enable = io_bus_rsp_enable;
  assign ctrl_rspBufferIn_payload_data = io_bus_rsp_data;
  always @ (*) begin
    ctrl_rspBuffer_ready = 1'b0;
    if(ctrl_inFrame)begin
      if(sclEdge_fall)begin
        ctrl_rspBuffer_ready = 1'b1;
      end
    end
  end

  always @ (*) begin
    io_bus_cmd_kind = `I2cSlaveCmdMode_binary_sequential_NONE;
    if(ctrl_inFrame)begin
      if(sclEdge_rise)begin
        io_bus_cmd_kind = `I2cSlaveCmdMode_binary_sequential_READ;
      end
    end
    if(ctrl_inFrameData)begin
      if(((! ctrl_rspBuffer_valid) || ctrl_rspBuffer_ready))begin
        io_bus_cmd_kind = `I2cSlaveCmdMode_binary_sequential_DRIVE;
      end
    end
    if(detector_start)begin
      io_bus_cmd_kind = (ctrl_inFrame ? `I2cSlaveCmdMode_binary_sequential_RESTART : `I2cSlaveCmdMode_binary_sequential_START);
    end
    if(_zz_7)begin
      if(ctrl_inFrame)begin
        io_bus_cmd_kind = (timeout_tick ? `I2cSlaveCmdMode_binary_sequential_DROP : `I2cSlaveCmdMode_binary_sequential_STOP);
      end
    end
  end

  assign io_bus_cmd_data = filter_sda;
  always @ (*) begin
    timeout_tick = (timeout_counter == 20'h0);
    if(_zz_8)begin
      timeout_tick = 1'b0;
    end
  end

  assign io_internals_inFrame = ctrl_inFrame;
  assign io_internals_sdaRead = filter_sda;
  assign io_internals_sclRead = filter_scl;
  assign io_i2c_scl_write = ctrl_sclWrite;
  assign io_i2c_sda_write = ctrl_sdaWrite;
  always @ (posedge clk or posedge reset) begin
    if (reset) begin
      filter_timer_counter <= 10'h0;
      _zz_2 <= 1'b1;
      _zz_3 <= 1'b1;
      _zz_5 <= 1'b1;
      _zz_6 <= 1'b1;
      filter_sda <= 1'b1;
      filter_scl <= 1'b1;
      filter_scl_regNext <= 1'b1;
      filter_sda_regNext <= 1'b1;
      tsuData_counter <= 6'h0;
      ctrl_inFrame <= 1'b0;
      ctrl_inFrameData <= 1'b0;
      ctrl_rspBufferIn_m2sPipe_rValid <= 1'b0;
      timeout_counter <= 20'h0;
    end else begin
      filter_timer_counter <= (filter_timer_counter - 10'h001);
      if(filter_timer_tick)begin
        filter_timer_counter <= io_config_samplingClockDivider;
      end
      if(filter_timer_tick)begin
        _zz_2 <= _zz_1;
      end
      if(filter_timer_tick)begin
        _zz_3 <= _zz_2;
      end
      if(filter_timer_tick)begin
        _zz_5 <= _zz_4;
      end
      if(filter_timer_tick)begin
        _zz_6 <= _zz_5;
      end
      if(filter_timer_tick)begin
        if((((filter_sampler_sdaSamples_0 != filter_sda) && (filter_sampler_sdaSamples_1 != filter_sda)) && (filter_sampler_sdaSamples_2 != filter_sda)))begin
          filter_sda <= filter_sampler_sdaSamples_2;
        end
        if((((filter_sampler_sclSamples_0 != filter_scl) && (filter_sampler_sclSamples_1 != filter_scl)) && (filter_sampler_sclSamples_2 != filter_scl)))begin
          filter_scl <= filter_sampler_sclSamples_2;
        end
      end
      filter_scl_regNext <= filter_scl;
      filter_sda_regNext <= filter_sda;
      if((! tsuData_done))begin
        tsuData_counter <= (tsuData_counter - 6'h01);
      end
      if(tsuData_reset)begin
        tsuData_counter <= io_config_tsuData;
      end
      if(ctrl_rspBufferIn_ready)begin
        ctrl_rspBufferIn_m2sPipe_rValid <= ctrl_rspBufferIn_valid;
      end
      if(ctrl_inFrame)begin
        if(sclEdge_fall)begin
          ctrl_inFrameData <= 1'b1;
        end
      end
      if(detector_start)begin
        ctrl_inFrame <= 1'b1;
        ctrl_inFrameData <= 1'b0;
      end
      timeout_counter <= (timeout_counter - 20'h00001);
      if(_zz_8)begin
        timeout_counter <= io_config_timeout;
      end
      if(_zz_7)begin
        ctrl_inFrame <= 1'b0;
        ctrl_inFrameData <= 1'b0;
      end
    end
  end

  always @ (posedge clk) begin
    if(ctrl_rspBufferIn_ready)begin
      ctrl_rspBufferIn_m2sPipe_rData_enable <= ctrl_rspBufferIn_payload_enable;
      ctrl_rspBufferIn_m2sPipe_rData_data <= ctrl_rspBufferIn_payload_data;
    end
  end


endmodule

//BufferCC replaced by BufferCC

module BufferCC (
  input               io_dataIn,
  output              io_dataOut,
  input               clk,
  input               reset
);
  (* async_reg = "true" *) reg                 buffers_0;
  (* async_reg = "true" *) reg                 buffers_1;

  assign io_dataOut = buffers_1;
  always @ (posedge clk or posedge reset) begin
    if (reset) begin
      buffers_0 <= 1'b1;
      buffers_1 <= 1'b1;
    end else begin
      buffers_0 <= io_dataIn;
      buffers_1 <= buffers_0;
    end
  end


endmodule